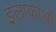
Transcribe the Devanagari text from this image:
इलाकाओं